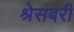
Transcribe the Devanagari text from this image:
श्रेसबरी